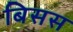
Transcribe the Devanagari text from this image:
बिसस